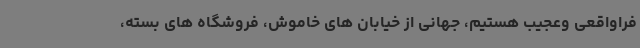
فراواقعی وعجیب هستیم، جهانی از خیابان های خاموش، فروشگاه های بسته،